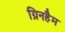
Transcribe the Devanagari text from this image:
ग्रिनहैम